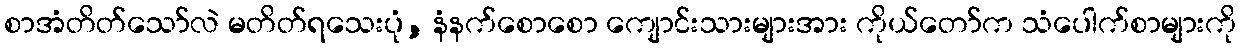
စာအံတိတ်သော်လဲ မတိတ်ရသေးပုံ, နံနက်စောစော ကျောင်းသားများအား ကိုယ်တော်က သံပေါက်စာများကို